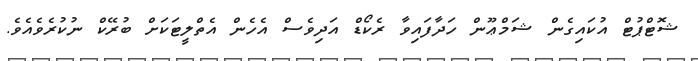
ޝޮޓްޕުޓް އުކައިގެން ޝަމްޢޫން ހަދާފައިވާ ރެކޯޑް އަދިވެސް އެހެން އެތްލީޓަކަށް ބުރޭކް ނުކުރެވެއެވެ.